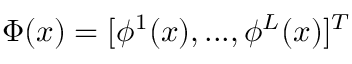
\Phi ( x ) = [ \phi ^ { 1 } ( x ) , . . . , \phi ^ { L } ( x ) ] ^ { T }